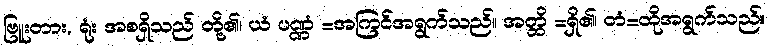
ဗြူးတား, ရုံး အစရှိသည် တို့၏၊ ယံ ပဏ္ဏံ =အကြင်အရွက်သည်။ အတ္ထိ =ရှိ၏၊ တံ=ထိုအရွက်သည်။